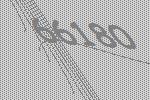
66180